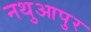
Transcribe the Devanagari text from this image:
नथुआपुर